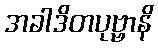
အခါဒိတပုဗ္ဗာနိ